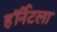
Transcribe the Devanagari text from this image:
हॉर्नेटला